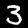
Label: 3